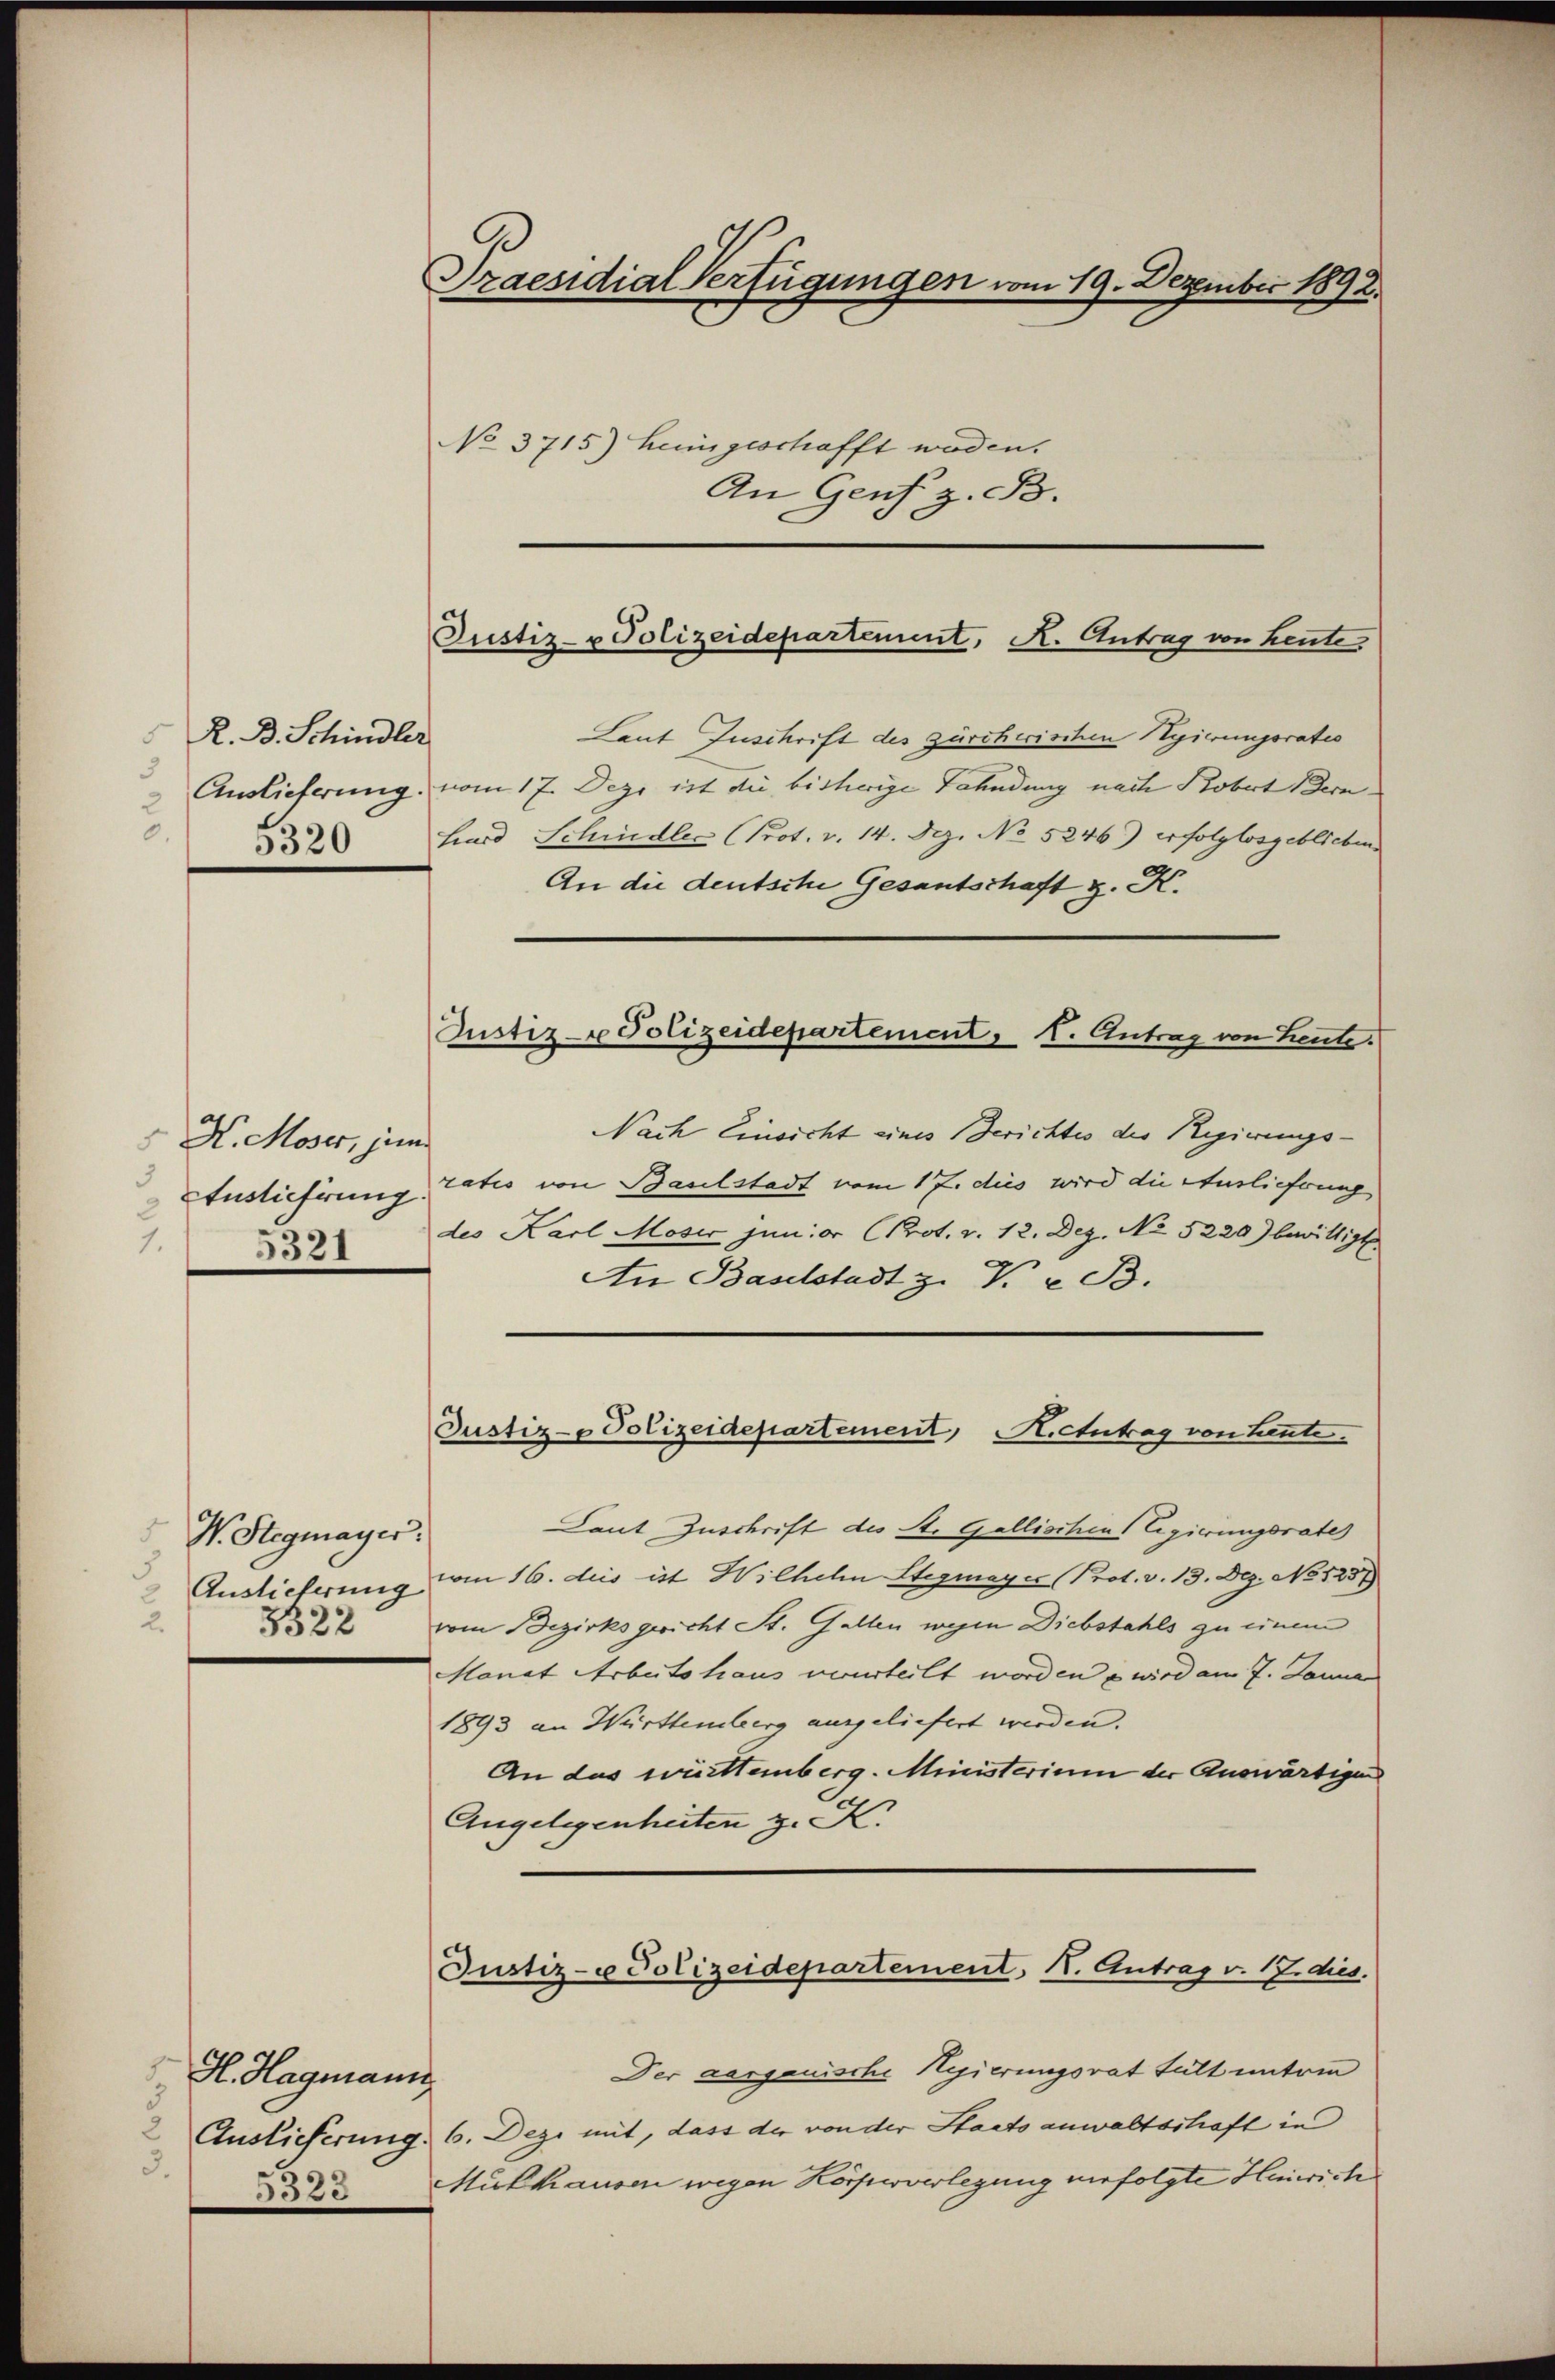
R. D. Schindler
3
Auslieferung
5.

H. Moser, jun
3
Austieferung.
1.
5321

W. Stegmayer.
Auslieferung
u
3322

Praesidial Verfügungen vom 19. Dezember 1892.

No 3715) heimgeschafft worden.
An Genf z. B.

Justiz- & Polizeidepartement, A. Antrag von heute

H. Hagmann
3.

Justiz- u Polizeidepartement, 1. Antrag von Leute.

Justiz- u Polizeidepartement N. Antrag v. 17. dies

Laut Inschrift des zürcherischen Regierungsratio
vom 17. Deze ist die bisherige Fahndung nach Kobert Bern
2 Hard Schindler (Prot. v. 14. Dez. No 5246.) erfolglosgeblichens
An die deutsche Gesantschaft z. K.
Nach Einsicht eines Berichtes der Regierungsratis von Baselstadt vom 17. dies wird die Ausliehrung
des Karl Moser junior (Prot. v. 12. Dez. No 5220) bewilligt
An Baselstadt z. V. v. B.
Justiz- & Polizeidepartement, Neutrag von heute.
Laut Zuschrift des St. Gallischen Legierungsrate
vom 16. des ist Wilhelm Stegmayer (Prot. v. 13. Dez. No 1258
vom Bezirksgericht St. Gallen wegen Diebstahls zu einem
Monat Arbeitshaus verurteilt worden u wird am 7. Janua
1893 an Württemberg ausgeliefert werden. |
An das württemberg. Ministerium der Auswärtigen
Angelegenheiten z. K.

Der aargauische Regierungsrat fült unter
Auslieferung. 6. Dezi mit, dass der von der Staatsanwaltschaft in
au 22. Mülhausen wegen Körperverlegung verfolgte Heinrich